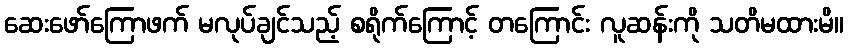
ဆေးဖော်ကြောဖက် မလုပ်ချင်သည့် စရိုက်ကြောင့် တကြောင်း လူဆန်းကို သတိမထားမိ။